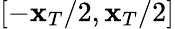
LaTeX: [-\mathbf{x}_{T}/2,\mathbf{x}_{T}/2]